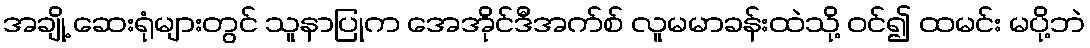
အချို့ ဆေးရုံများတွင် သူနာပြုက အေအိုင်ဒီအက်စ် လူမမာခန်းထဲသို့ ဝင်၍ ထမင်း မပို့ဘဲ